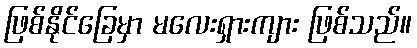
ဖြစ်နိုင်ခြေမှာ မလေးရှားကျား ဖြစ်သည်။